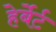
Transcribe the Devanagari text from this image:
हेर्बेर्ट